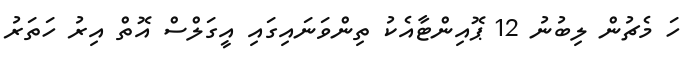
ހަ މެޗުން ލިބުނު 12 ޕޮއިންޓާއެކު ތިންވަނައިގައި އީގަލްސް އޮތް އިރު ހަތަރު